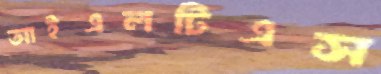
আইএলটিএস